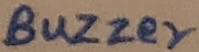
Text: BUZZER